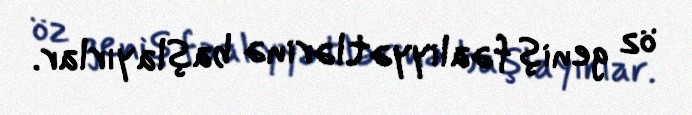
öz geniş fəaliyyətlərinə başlayırlar.